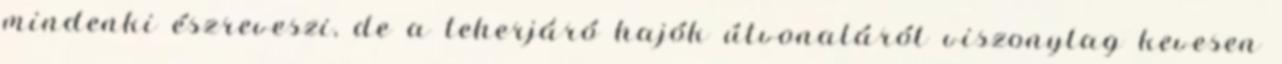
mindenki észreveszi, de a teherjáró hajók útvonaláról viszonylag kevesen